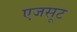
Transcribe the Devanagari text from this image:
एजसूट